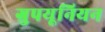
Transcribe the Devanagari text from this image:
ग्रुपयूनियन